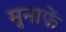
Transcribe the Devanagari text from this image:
मुनाफें